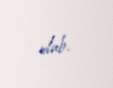
olub.